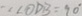
: \angle O D B = 9 0 ^ { \circ }